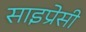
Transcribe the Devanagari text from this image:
साइप्रेसी